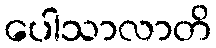
ပေါသာလာတိ